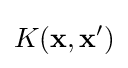
K(\mathbf {x} ,\mathbf {x'} )